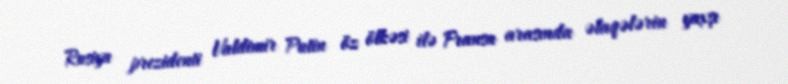
Rusiya prezidenti Valdimir Putin öz ölkəsi ilə Fransa arasında əlaqələrin yaxşı